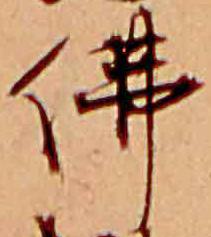
仏